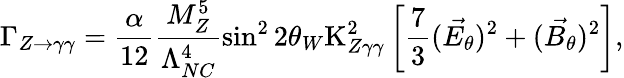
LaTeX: \Gamma_{Z\rightarrow\gamma\gamma}=\frac{\alpha}{12}\frac{M_{Z}^{5}}{\Lambda_{NC}^{4}}\sin^{2}2\theta_{W}\mathrm{K}_{Z\gamma\gamma}^{2}\left[\frac{7}{3}({\vec{E_{\theta}}})^{2}+({\vec{B_{\theta}}})^{2}\right],